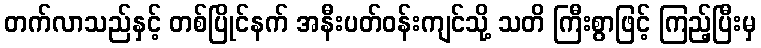
တက်လာသည်နှင့် တစ်ပြိုင်နက် အနီးပတ်ဝန်းကျင်သို့ သတိ ကြီးစွာဖြင့် ကြည့်ပြီးမှ